Vaccination report Assam 1896-1927 - 1896-1927
Year: 1896
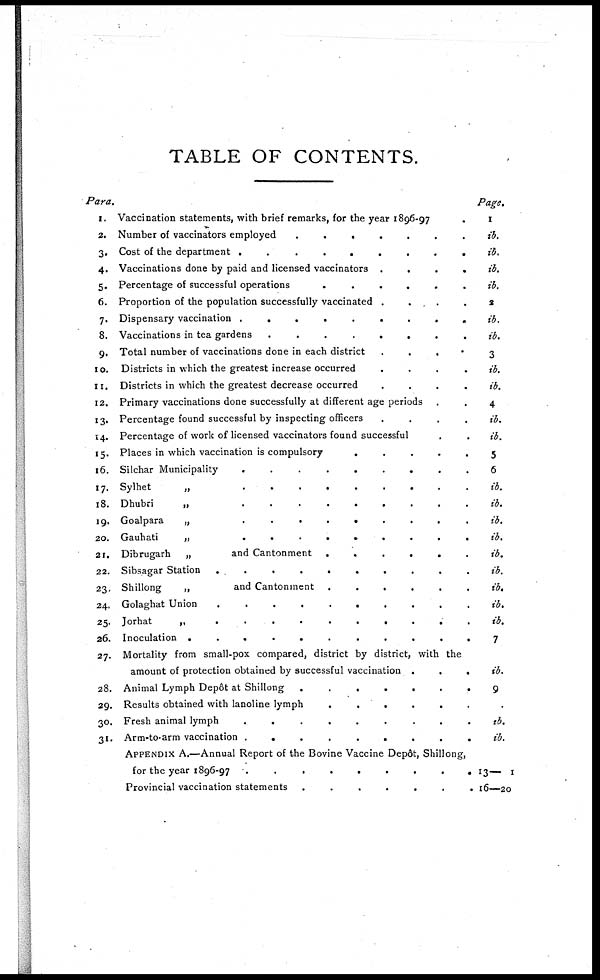
TABLE OF CONTENTS.
Para.
1.
2.
3.
4.
5.
6.
7.
8.
9.
10.
11.
12.
13.
14.
15.
16.
17.
18.
19.
20.
21.
22.
23.
24.
25.
26.
27.
28.
29.
30.
31.
Vaccination statements, with brief remarks, for the year 1896-97.
Number of vaccinators employed
.......
Cost of the department
......
Vaccinations done by paid and licensed vaccinators
....
Percentage of successful operations
......
Proportion of the population successfully vaccinated ....
Dispensary vaccination
.........
Vaccinations in tea gardens
........
Total number of vaccinations done in each district
....
Districts in which the greatest increase occurred
....
Districts in which the greatest decrease occurred
....
Primary vaccinations done successfully at different age periods ..
Percentage found successful by inspecting officers
....
Percentage of work of licensed vaccinators found successful ..
Places in which vaccination is compulsory
.....
Silchar Municipality
.........
Sylhet
„
.........
Dhubri
„
.........
Goalpara
„
.........
Gauhati
„ ......
Dibrugarh „
and Cantonment
......
Sibsagar Station
..........
Shillong
„
and Cantonment
......
Golaghat Union
Jorhat
„ .........
Inoculation
...........
Mortality from small-pox compared, district by district, with the
amount of protection obtained by successful vaccination
...
Animal Lymph Depôt at Shillong
.......
Results obtained with lanoline lymph
......
Fresh animal lymph
.........
Arm-to-arm vaccination
.........
APPENDIX A.—Annual Report of the Bovine Vaccine Depôt, Shillong,
for the year 1896-97
Provincial vaccination statements
.......
Page.
1
ib.
ib.
ib.
ib.
2
ib.
ib.
3
ib.
ib.
4
ib.
ib.
5
6
ib.
ib.
ib.
ib.
ib.
ib.
ib.
ib.
ib.
7
ib.
9
.
ib.
ib.
13— I
16—20